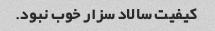
کیفیت سالاد سزار خوب نبود.